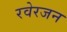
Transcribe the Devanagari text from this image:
रवेरजन